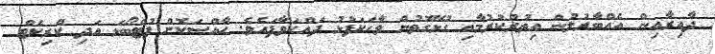
ދާއިރާއިން އެއްބާރުލުން އިތުރުކުރުމާއި ގުޅޭގޮތުން ވާހަކަފުޅު ދައްކަވާފައެވެ. ޙާއްޞަކޮށް ފުޓްބޯޅަ އަދި ކްރިކެޓް